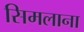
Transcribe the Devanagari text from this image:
सिमलाना